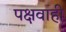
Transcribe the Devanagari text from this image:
पक्षवाही